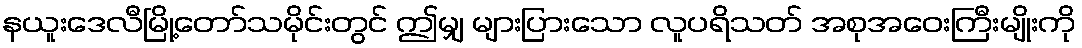
နယူးဒေလီမြို့တော်သမိုင်းတွင် ဤမျှ များပြားသော လူပရိသတ် အစုအဝေးကြီးမျိုးကို